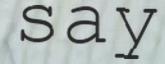
say